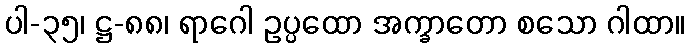
ပါ-၃၅၊ ဋ္ဌ-၈၈၊ ရာဂေါ ဥပ္ပထော အက္ခာတော စသော ဂါထာ။